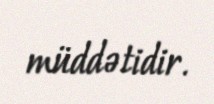
müddətidir.